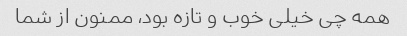
همه چی خیلی خوب و تازه بود، ممنون از شما